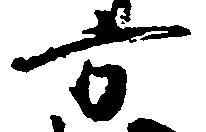
方